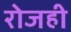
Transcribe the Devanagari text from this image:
रोजही